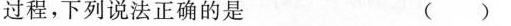
过程，下列说法正确的是 ( )